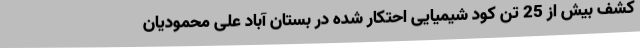
کشف بیش از 25 تن کود شیمیایی احتکار شده در بستان آباد علی محمودیان